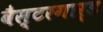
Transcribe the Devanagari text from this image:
वैस्टरगार्ड